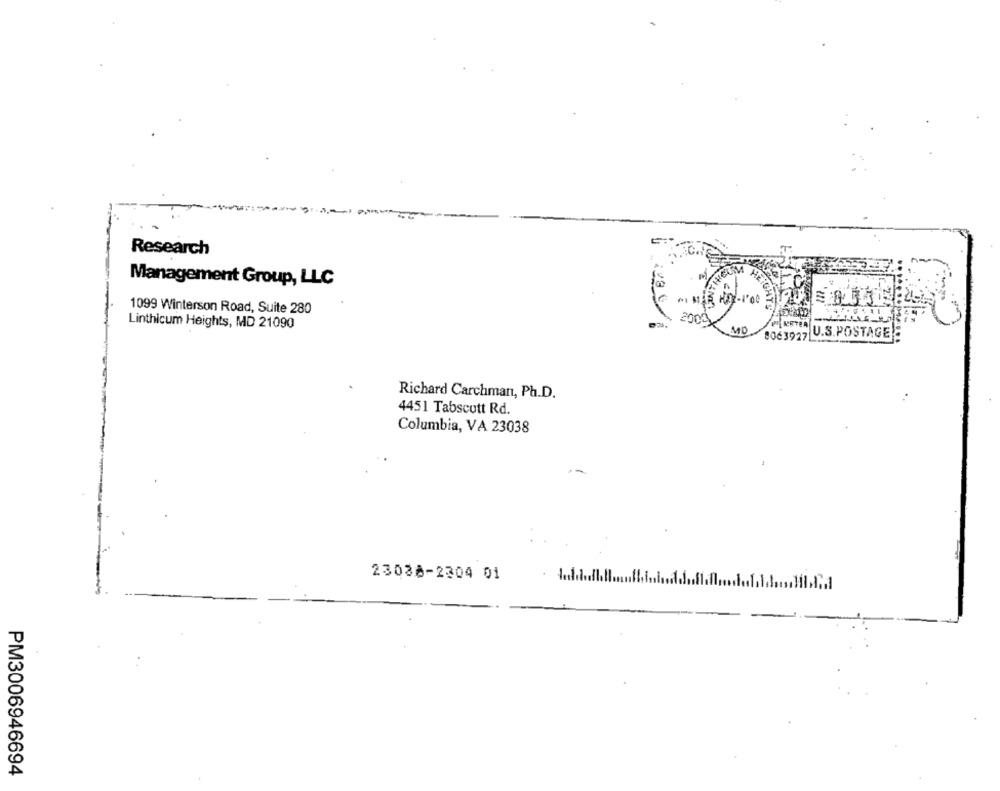
Research
Management Group, LLC
1099 Winterson Road, Suite 280
Linthicum Heights, MD 21090
2004Y
MD
8063927
PETER U.S.POSTAGE
Richard Carchman, Ph.D.
4451 Tabscutt Rd.
Columbia, VA 23038
23088-2304 01
PM3006946694